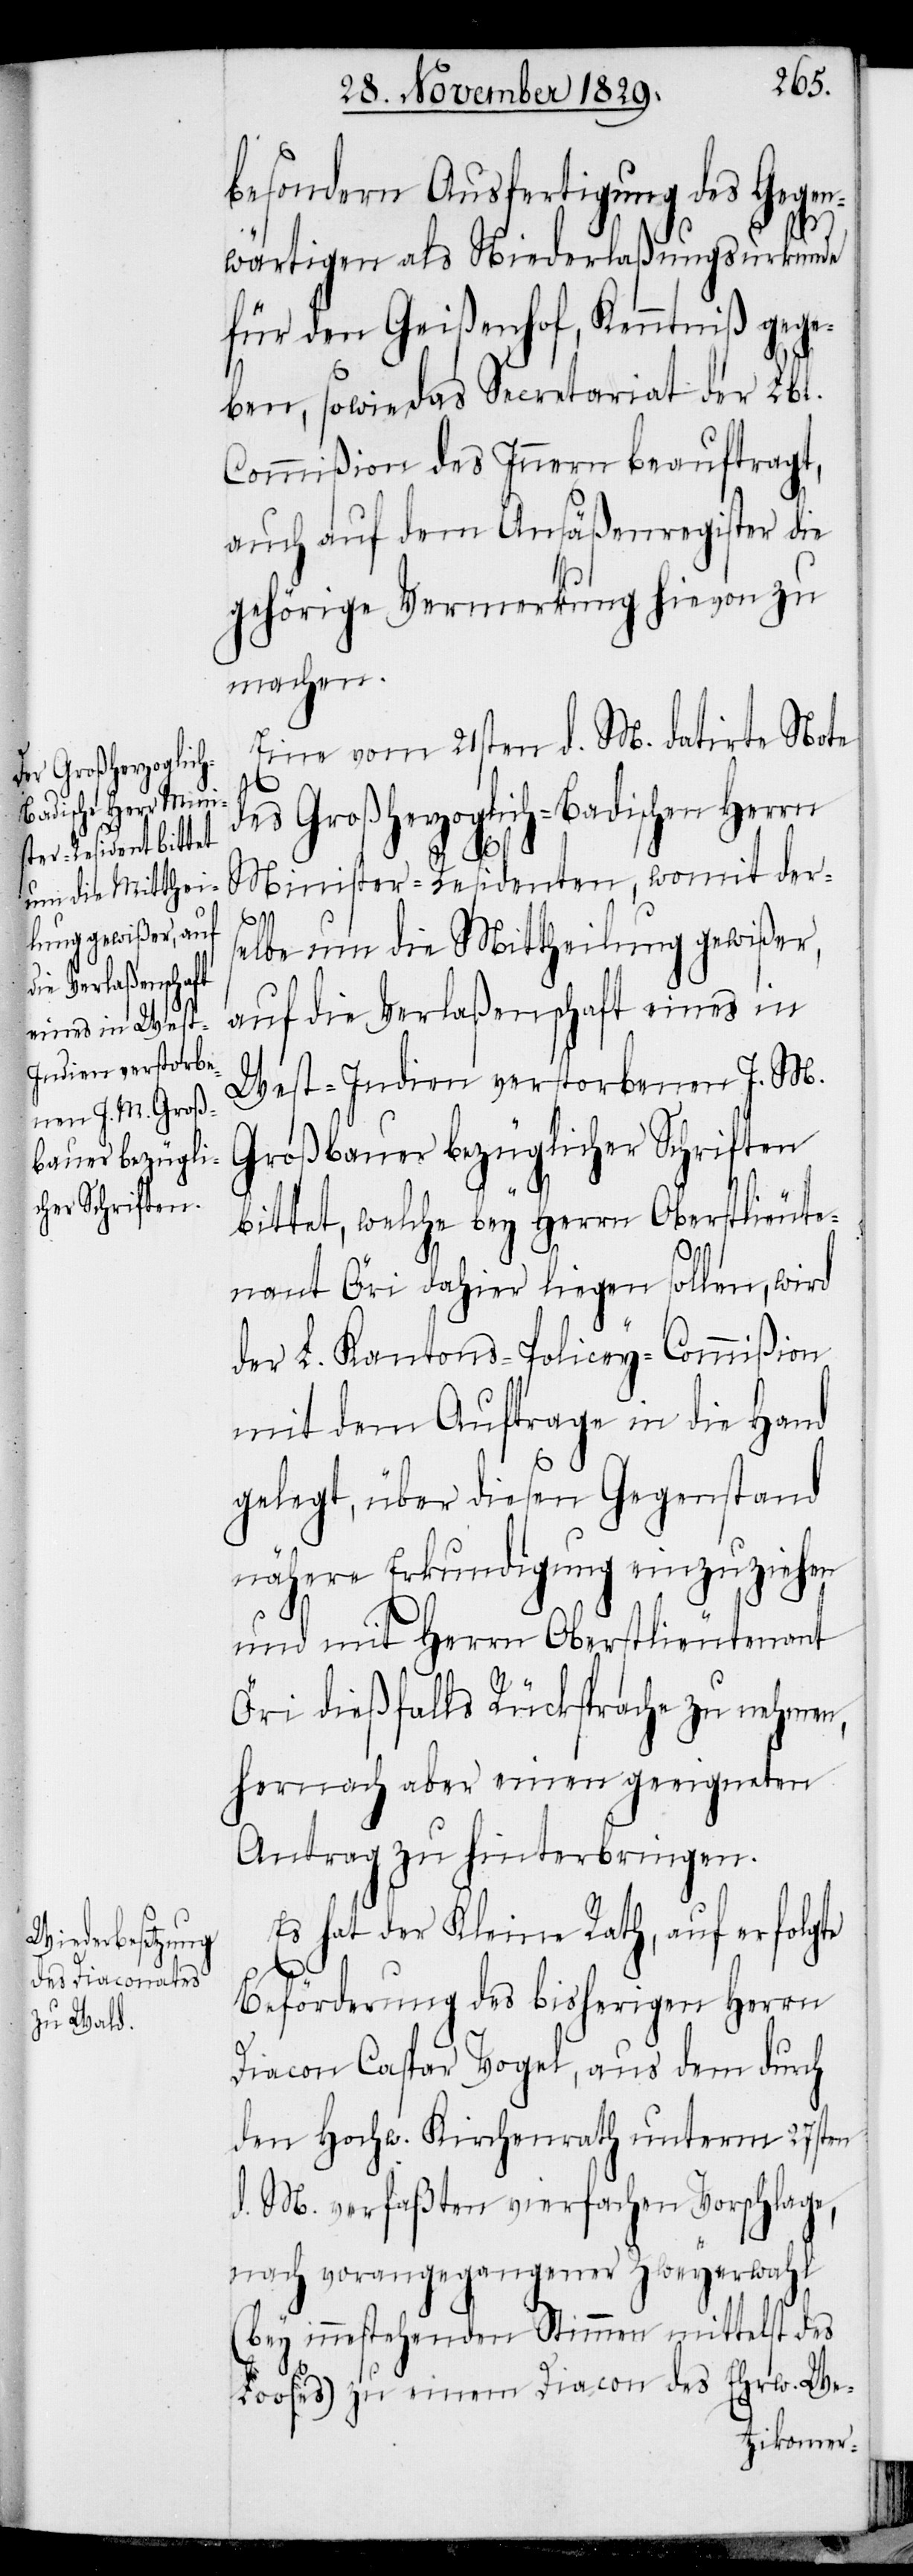
besondern Ausfertigung des Gegen¬
wärtigen als Niederlaßungsurkunde
für den Geißenhof, Kenntniß gege¬
ben, sowie das Secretariat der Lbl.
Commißion des Innern beauftragt,
auch auf dem Ansäßenregister die
gehörige Vermerkung hievon zu
machen.
Eine vom 21sten d. M. datirte Note
des Großherzoglich-Badischen Herrn
Minister-Residenten, womit der¬
selbe um die Mittheilung gewißer,
auf die Verlaßenschaft eines in
West-Indien verstorbenen J. M.
Großbauer bezüglicher Schriften
bittet, welche bey Herrn Oberstlieute¬
nant Öri dahier liegen sollen, wird
der L. Kantons-Policey-Commißion
mit dem Auftrage in die Hand
gelegt, über diesen Gegenstand
nähere Erkundigung einzuziehen
und mit Herrn Oberstlieutenant
Öri dießfalls Rücksprache zu nehmen,
hernach aber einen geeigneten
Antrag zu hinterbringen.
Es hat der Kleine Rath, auf erfolgte
Beförderung des bisherigen Herrn
Diacon Caspar Vogel, aus dem durch
den Hochw. Kirchenrath unterm 27sten
d. M. verfaßten vierfachen Vorschlage,
nach vorangegangener Zweyerwahl
(bey innestehenden Stimmen mittelst des
Looses) zu einem Diacon des Ehrw. We-